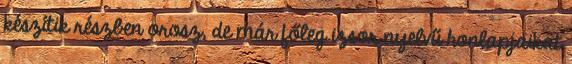
készítik részben orosz, de már főleg izsor nyelvű honlapjaikat